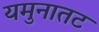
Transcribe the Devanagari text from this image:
यमुनातट